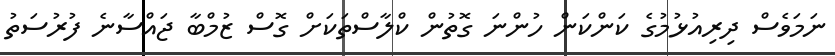
ނަމަވެސް ދިރިއުޅުމުގެ ކަންކަން ހުންނަ ގޮތުން ކްލާސްތަކަށް ގޮސް ޒުމްބާ ޖައްސާނެ ފުރުސަތު